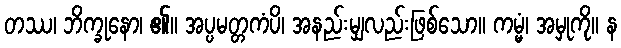
တဿ၊ ဘိက္ခုနော၊ ၏။ အပ္ပမတ္တကံပိ၊ အနည်းမျှလည်းဖြစ်သော။ ကမ္မံ၊ အမှုကို။ န